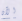
الآن